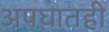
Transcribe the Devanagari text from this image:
अपघातही